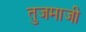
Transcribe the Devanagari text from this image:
तुजमाजी